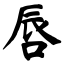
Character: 唇